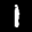
Label: 1